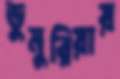
ডুমুরিয়ায়